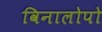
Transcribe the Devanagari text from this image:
विनालोपो